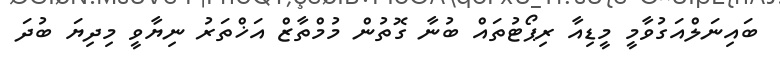
ބައިނަލްއަގުވާމީ މީޑިއާ ރިޕޯޓުތައް ބުނާ ގޮތުން މުމްތާޒް އަޚްތަރު ނިޔާވީ މިދިޔަ ބުދަ